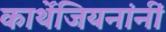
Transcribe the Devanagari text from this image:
कार्थेजियनांनीं